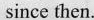
since then.